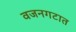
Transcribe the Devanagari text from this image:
वजनगटात